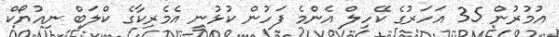
އުމުރުން 35 އަހަރުގެ ކޭހިލް އެންމެ ފަހުން ކުޅުނީ އެމެރިކާގެ ކްލަބް ނިއުޔޯކް